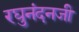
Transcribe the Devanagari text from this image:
रघुनंदनजी